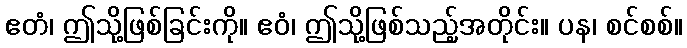
ဧတံ၊ ဤသို့ဖြစ်ခြင်းကို။ ဧဝံ၊ ဤသို့ဖြစ်သည့်အတိုင်း။ ပန၊ စင်စစ်။